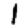
Digit: 1